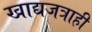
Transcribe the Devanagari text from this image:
खाद्यजत्राही